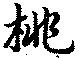
桃